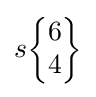
s{\begin{Bmatrix}6\\4\end{Bmatrix}}